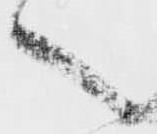
之